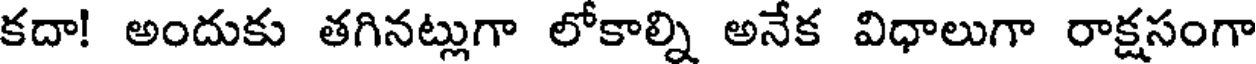
కదా! అందుకు తగినట్లుగా లోకాల్ని అనేక విధాలుగా రాక్షసంగా